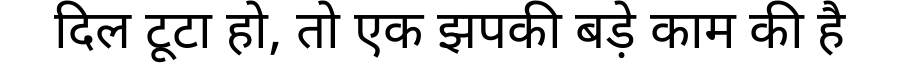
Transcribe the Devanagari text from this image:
दिल टूटा हो, तो एक झपकी बड़े काम की है